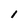
Character: 1